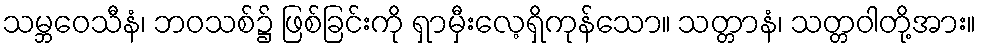
သမ္ဘဝေသီနံ၊ ဘဝသစ်၌ ဖြစ်ခြင်းကို ရှာမှီးလေ့ရှိကုန်သော။ သတ္တာနံ၊ သတ္တဝါတို့အား။